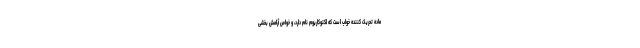
ماده تحریک کننده خواب است که لکتوکاریوم نام دارد، و خواص آرامش بخشی